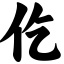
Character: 仡